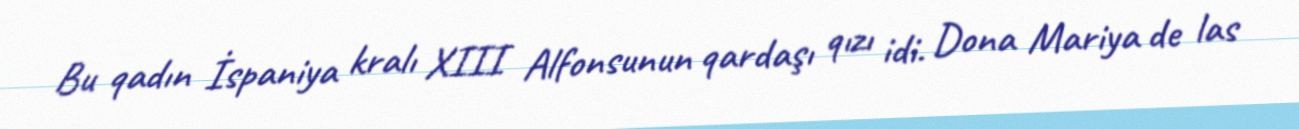
Bu qadın İspaniya kralı XIII Alfonsunun qardaşı qızı idi. Dona Mariya de las